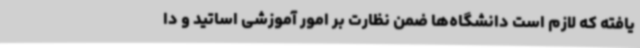
یافته که لازم است دانشگاه‌ها ضمن نظارت بر امور آموزشی اساتید و دا